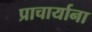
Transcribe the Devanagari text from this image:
प्राचार्याना